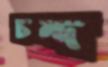
চন্দ